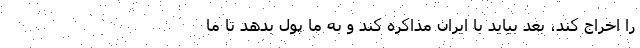
را اخراج کند، بعد بیاید با ایران مذاکره کند و به ما پول بدهد تا ما